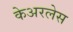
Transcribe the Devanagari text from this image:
केअरलेस